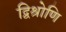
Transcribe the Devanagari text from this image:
द्विश्रोणि